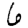
Digit: 6